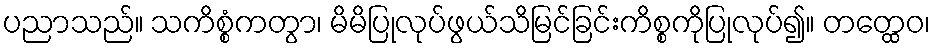
ပညာသည်။ သကိစ္စံကတွာ၊ မိမိပြုလုပ်ဖွယ်သိမြင်ခြင်းကိစ္စကိုပြုလုပ်၍။ တတ္ထေဝ၊